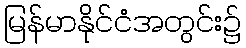
မြန်မာနိုင်ငံအတွင်း၌